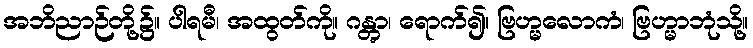
အဘိညာဉ်တို့၌။ ပါရမီ၊ အထွတ်ကို။ ဂန္တွာ၊ ရောက်၍။ ဗြဟ္မလောကံ၊ ဗြဟ္မာဘုံသို့။